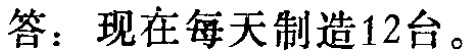
答：现在每天制造12台。